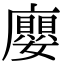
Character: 廮